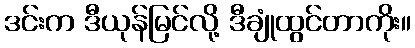
ဒင်းက ဒီယုန်မြင်လို့ ဒီချုံထွင်တာကိုး။